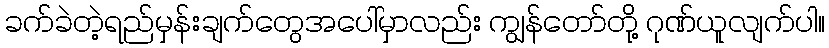
ခက်ခဲတဲ့ရည်မှန်းချက်တွေအပေါ်မှာလည်း ကျွန်တော်တို့ ဂုဏ်ယူလျက်ပါ။